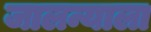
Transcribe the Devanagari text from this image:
जालन्याला